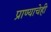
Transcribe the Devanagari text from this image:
प्राण्याचेही